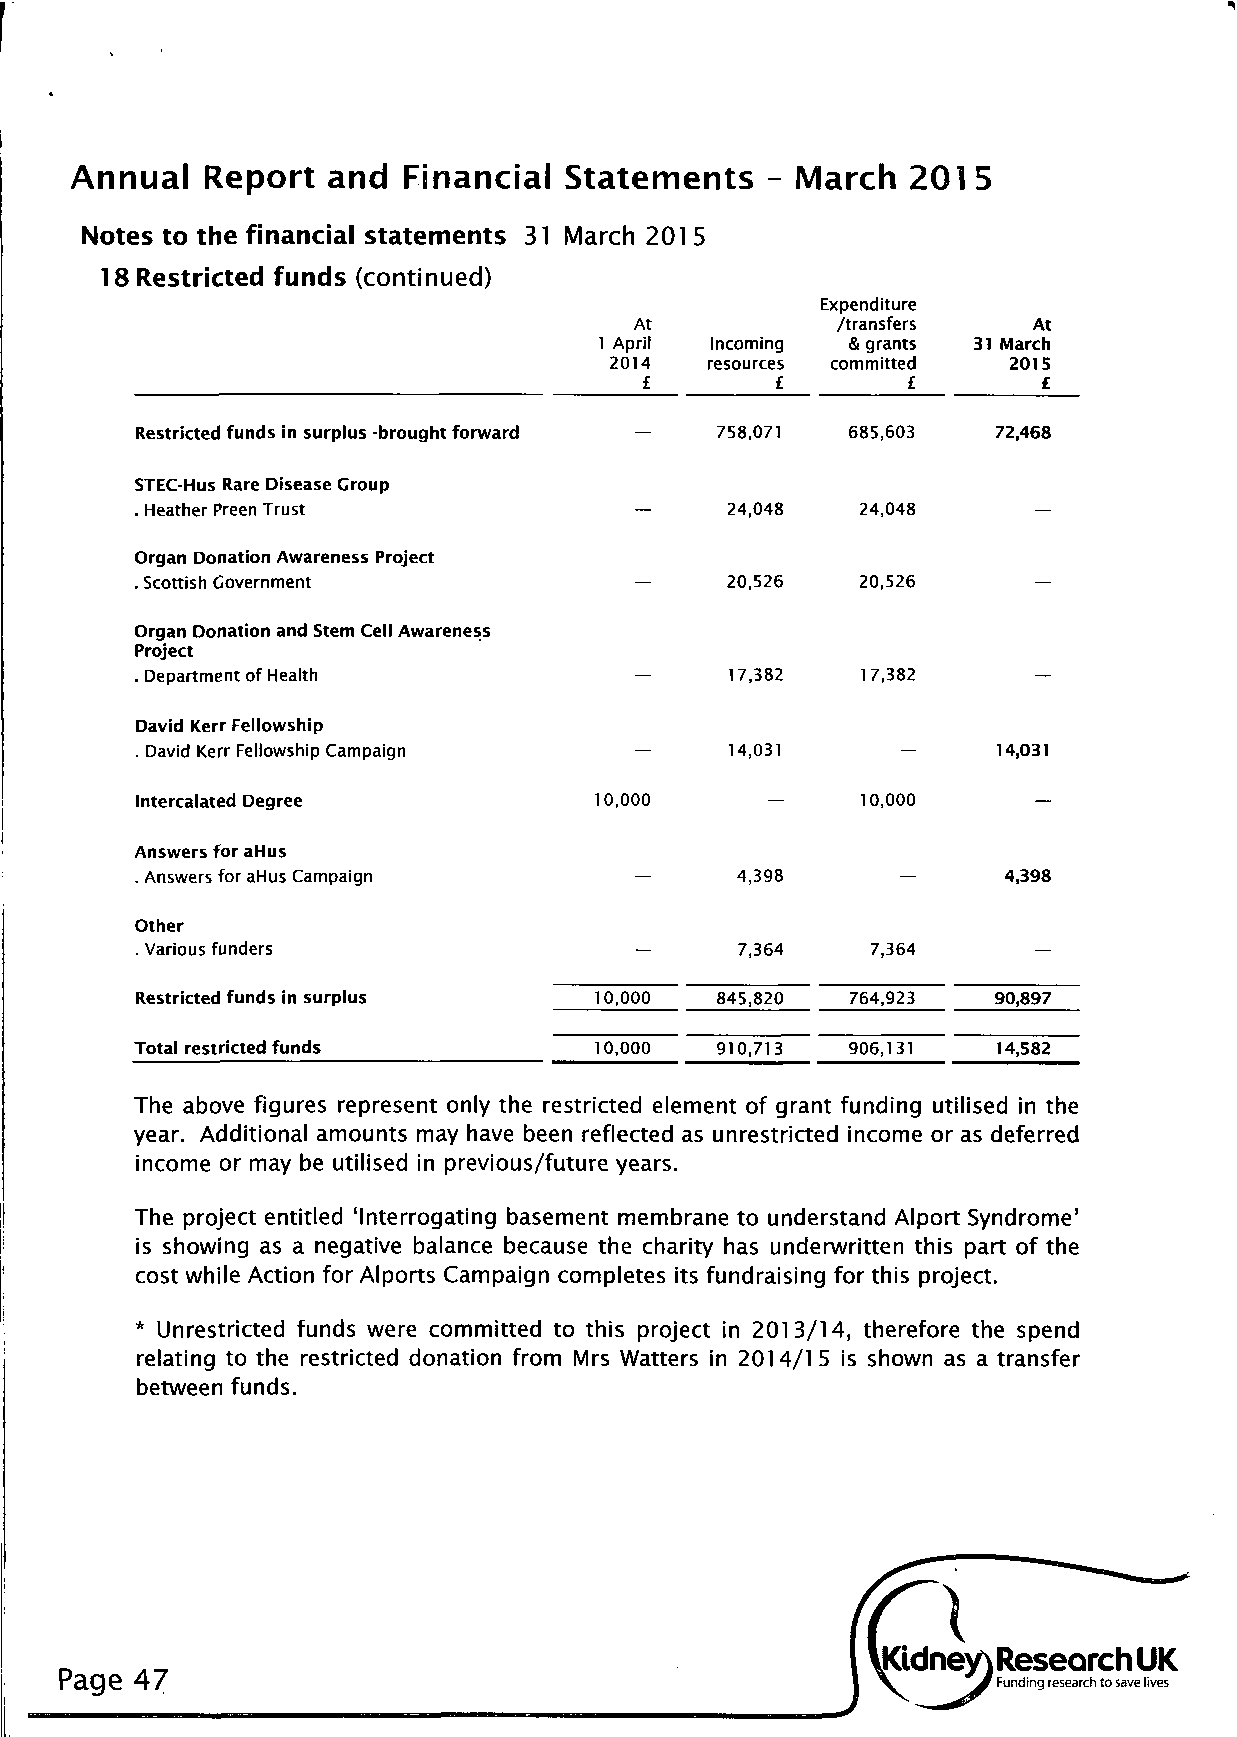
Annual  Report   and  Financial Statements   - March   201 5
 Notes to the financial statements 31 March 201 5
 18 Restricted funds (continued)
 Expenditure
 At           /transfers   At
 1 April Incoming & grants 31 March
 2014   resources committed 2015
 £       £        £        £
 Restricted funds in surplus -brought forward — 758,071 685,603 72,468
 STEC-Hus Rare Disease Croup
 . Heather Preen Trust            —     24,048   24,048     —
 Organ Donation Awareness Project
 . Scottish Government            —     20,526   20,526     —
 Organ Donation and Stem Cell Awareness
 Project
 . Department of Health           —     17,382   17,382     —
 David Kerr Fellowship
 . David Kerr Fellowship Campaign       14,031      —     14,031
 Intercalated Degree           10,000      —     10,000
 Answers for aHus
 . Answers for aHus Campaign      —      4,398      —     4,398
 Other
 . Various funders                —      7,364    7,364     —
 RRReeessstttrrriiicccttteeeddd fffuuunnndddsss iiinnn sssuuurrrpppllluuusss 10,000 845,820 764,923 90,897
 TTToootttaaalll rrreeessstttrrriiicccttteeeddd fffuuunnndddsss 10,000 910,713 906,131 14,582
 The above figures represent only the restricted element of grant funding utilised in the
 year. Additional amounts may have been reflected as unrestricted income or as deferred
 income or may be utilised in previous/future years.
 The project entitled 'Interrogating basement membrane to understand Alport Syndrome'
 is showing as a negative balance because the charity has underwritten this part of the
 cost while Action for Alports Campaign completes its fundraising for this project.
 * Unrestricted funds were committed to this project in 2013/14, therefore the spend
 relating to the restricted donation from Mrs Watters in 2014/15 is shown as a transfer
 between funds.
 LKidney) Research UK
 Page 47
 J Funding research to save lives